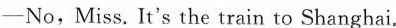
——No,Miss. It's the train to Shanghai.